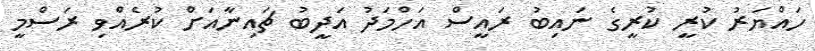
ހައްޔަރު ކުރީ ކުރީގެ ނައިބު ރައީސް އަހްމަދު އަދީބު ޗައިނާއަށް ކުރެއްވި ރަސްމީ